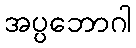
အပ္ပဘောဂါ